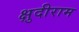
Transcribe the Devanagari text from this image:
क्षुदीराम